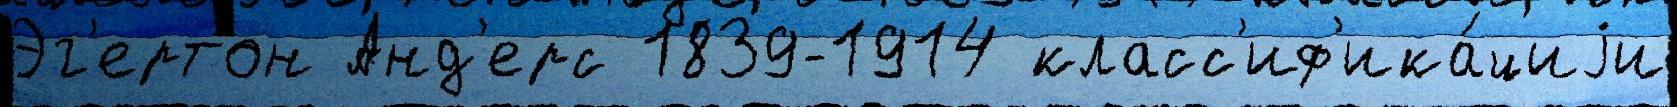
Эг'ертон Анд'ерс 1839-1914 класс'иф'ика́циjи